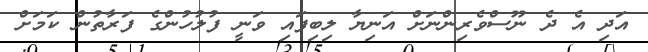
އަދި އެ ދެ ނޫސްވެރިންނަށް އަނިޔާ ލިބިފައި ވަނީ ފުލުހުންގެ ފަރާތުން ކަމަށް